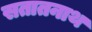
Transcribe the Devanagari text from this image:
सतातनाथ